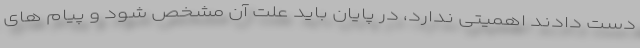
دست دادند اهمیتی ندارد، در پایان باید علت آن مشخص شود و پیام های